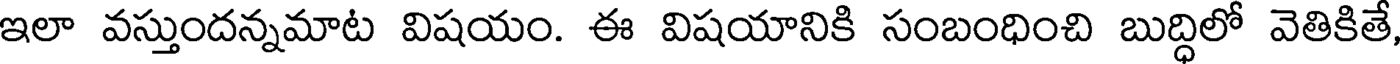
ఇలా వస్తుందన్నమాట విషయం. ఈ విషయానికి సంబంధించి బుద్ధిలో వెతికితే